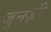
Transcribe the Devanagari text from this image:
जुनज़ी